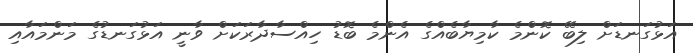
އަޅުގަނޑަށް ލިބޭ ކޮންމެ ކާމިޔާބެއްގެ އެންމެ ބޮޑު ހިއްސާދާރަކަށް ވާނީ އަޅުގަނޑުގެ މަންމައާއި